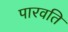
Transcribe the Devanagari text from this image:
पारवति